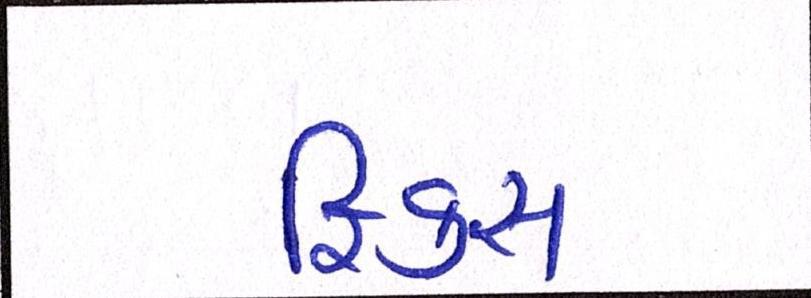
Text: ફિક્સ